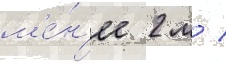
м'е́н'ее 2 м /